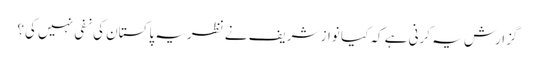
گزارش یہ کرنی ہے کہ کیا نواز شریف نے نظریہ پاکستان کی نفی نہیں کی؟